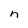
Character: n